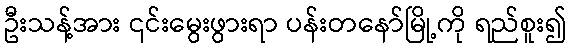
ဦးသန့်အား ၎င်းမွေးဖွားရာ ပန်းတနော်မြို့ကို ရည်စူး၍